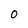
Character: 0